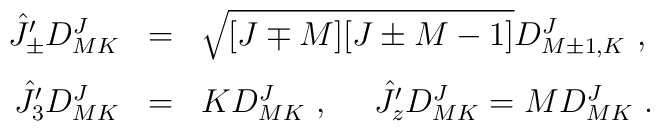
\begin{array}{rcl}\hat{J}_\pm^\prime D^{J}_{MK}&=&\sqrt{[J\mp M][J\pm M-1]}D^{J}_{M\pm 1,K}~,\\[3mm]\hat{J}_3^\prime D^{J}_{MK}&=&K D^{J}_{MK}~,         ~~~~\hat{J}_z^\prime D^{J}_{MK}=M D^{J}_{MK}~.\end{array}